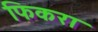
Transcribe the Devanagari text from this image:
फिकरा